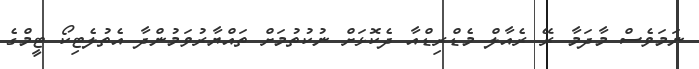
ނަމަވެސް މާދަމާ ރޭ ރެއާލް މެޑްރިޑްއާ ދެކޮޅަށް ނުކުތުމަށް ތައްޔާރުވަމުންދާ އެތުލެޓިކޯ ޓީމްގެ